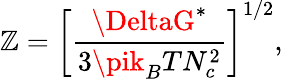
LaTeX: \mathbb{Z}=\left[\frac{{\DeltaG^{*}}}{{3\pik_{B}TN_{c}^{2}}}\right]^{1/2},